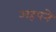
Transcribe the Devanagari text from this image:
अहपने